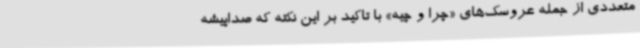
متعددی از جمله عروسک‌های «چرا و چیه» با تاکید بر این نکته که صداپیشه‌